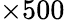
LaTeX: \times 500